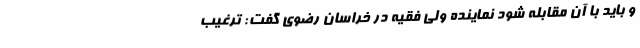
و باید با آن مقابله شود نماینده ولی فقیه در خراسان رضوی گفت: ترغیب